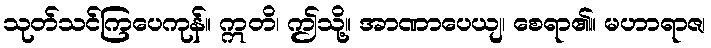
သုတ်သင်ကြပေကုန်။ ဣတိ၊ ဤသို့။ အာဏာပေယျ၊ စေရာ၏။ မဟာရာဇ၊